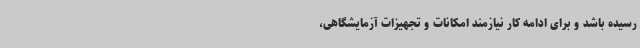
رسیده باشد و برای ادامه کار نیازمند امکانات و تجهیزات آزمایشگاهی،